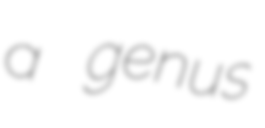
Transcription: a genus